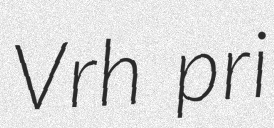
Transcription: Vrh pri